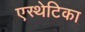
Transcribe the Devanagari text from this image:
एस्थेटिका